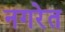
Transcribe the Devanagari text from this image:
नगरेत